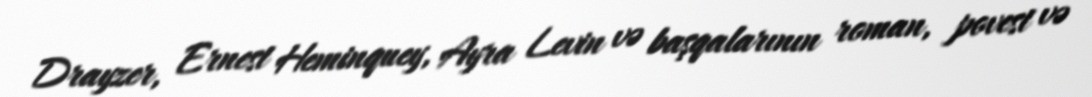
Drayzer, Ernest Heminquey, Ayra Levin və başqalarının roman, povest və